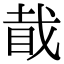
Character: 𥅰